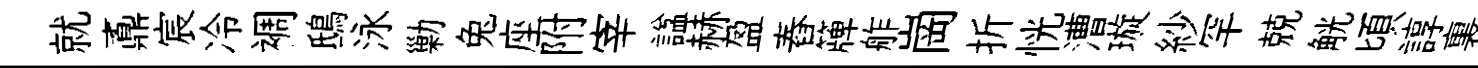
就鼒宸冷裯鴟泳勦兔座附宰諡赫盈舂簰舴崗折恍漕璇紗罕兢觥頃諄裏